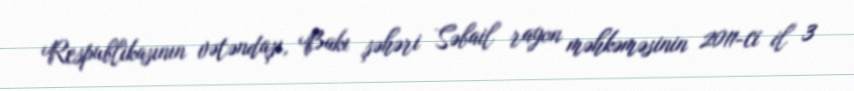
Respublikasının vətəndaşı, Bakı şəhəri Səbail rayon məhkəməsinin 2011-ci il 3